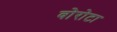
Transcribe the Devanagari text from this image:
वोरोटा